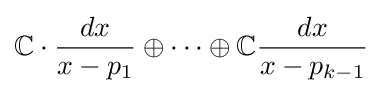
\mathbb {C} \cdot {\frac {dx}{x-p_{1}}}\oplus \cdots \oplus \mathbb {C} {\frac {dx}{x-p_{k-1}}}